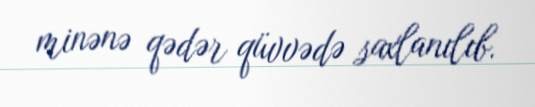
minənə qədər qüvvədə saxlanılıb.